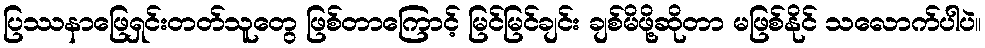
ပြဿနာဖြေရှင်းတတ်သူတွေ ဖြစ်တာကြောင့် မြင်မြင်ချင်း ချစ်မိဖို့ဆိုတာ မဖြစ်နိုင် သလောက်ပါပဲ။